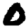
Digit: 0